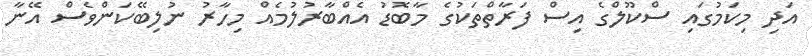
އަދި މިކަމުގައި ސްކޫލްގެ އިސް ފަރާތްތަކުގެ މާބޮޑު އެއްބާރުލުމެއް މިހާރު ނުލިބޭކަންވެސް އޭނާ